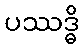
ပဿဒ္ဓိ